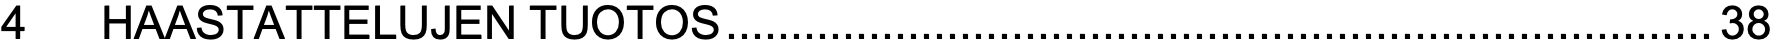
4  HAASTATTELUJEN TUOTOS............................................................................38